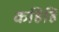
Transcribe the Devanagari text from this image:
कहिहि